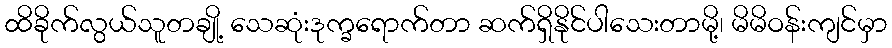
ထိခိုက်လွယ်သူတချို့ သေဆုံးဒုက္ခရောက်တာ ဆက်ရှိနိုင်ပါသေးတာမို့၊ မိမိဝန်းကျင်မှာ